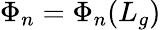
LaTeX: \Phi_{n}=\Phi_{n}(L_{g})